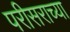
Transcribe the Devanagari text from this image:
परीसराच्या